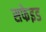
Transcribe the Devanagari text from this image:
सफेइड